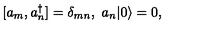
[ a _ { m } , a _ { n } ^ { \dagger } ] = \delta _ { m n } , \ a _ { n } | 0 \rangle = 0 ,